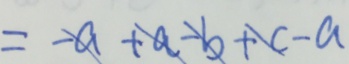
= - a + a - b + c - a